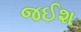
જઈશ